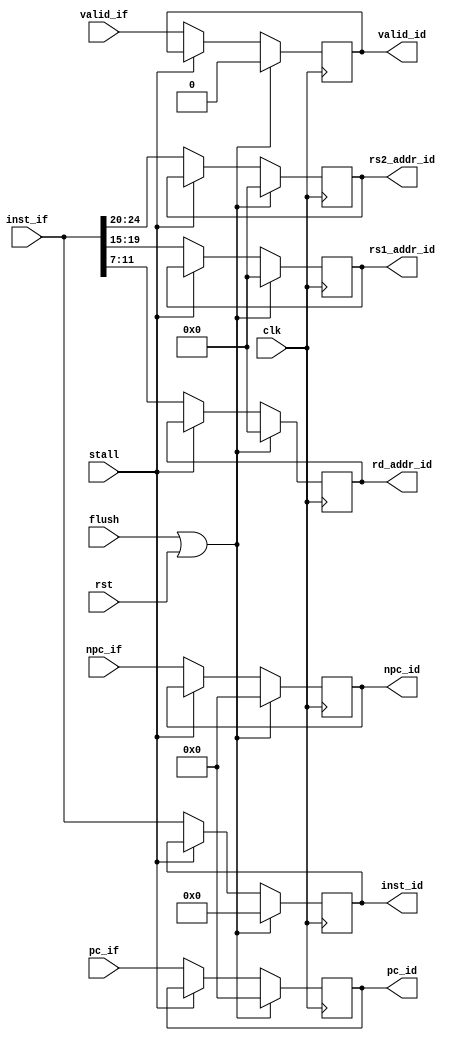
`timescale 1ns/1ps

module IF_ID_Reg(
    input clk,
    input flush,
    input stall,
    input rst,
    input valid_if,
    output reg valid_id,
//
    input [63:0]pc_if,
    input [63:0]npc_if,
    input [31:0]inst_if,
    output reg [63:0]pc_id,   
    output reg [63:0]npc_id,
    output reg [31:0]inst_id,

    output reg [4:0]rd_addr_id,
    output reg [4:0]rs1_addr_id,
    output reg [4:0]rs2_addr_id

);

    always @(posedge clk) begin
        if (flush || rst) begin  //
            pc_id <= 0;
            npc_id <= 0;
            inst_id <= 0;

            rd_addr_id <= 0;
            rs1_addr_id <= 0;
            rs2_addr_id <= 0;
            valid_id <= 0;
        end
        else begin      //
            if (stall == 1) begin
                pc_id <= pc_id;
                npc_id <= npc_id;
                inst_id <= inst_id;
                
                rd_addr_id <= rd_addr_id;
                rs1_addr_id <= rs1_addr_id;
                rs2_addr_id <= rs2_addr_id;
                valid_id <= valid_id;
            end
            else begin
                pc_id <= pc_if;
                npc_id <= npc_if;
                inst_id <= inst_if;
                rd_addr_id <= inst_if[11:7];
                rs1_addr_id <= inst_if[19:15];
                rs2_addr_id <= inst_if[24:20];
                valid_id <= valid_if;
            end
        end

    end

endmodule